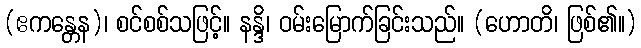
(ဧကန္တေန)၊ စင်စစ်သဖြင့်။ နန္ဒိ၊ ဝမ်းမြောက်ခြင်းသည်။ (ဟောတိ၊ ဖြစ်၏။)